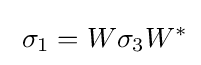
\;\sigma _{1}=W\sigma _{3}W^{*}